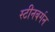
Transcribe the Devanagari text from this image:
स्टीनबर्गन